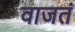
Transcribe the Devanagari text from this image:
वाजतं